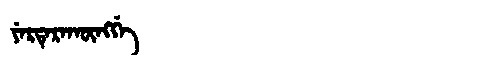
Manchu: ᠶᡝᡵᡨᡝᡵᠠᡴᡡᠩᡤᡝ
Romanization: YERTERAKŪNGGE